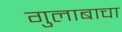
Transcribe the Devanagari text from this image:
गुलाबाचा